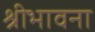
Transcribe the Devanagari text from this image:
श्रीभावना